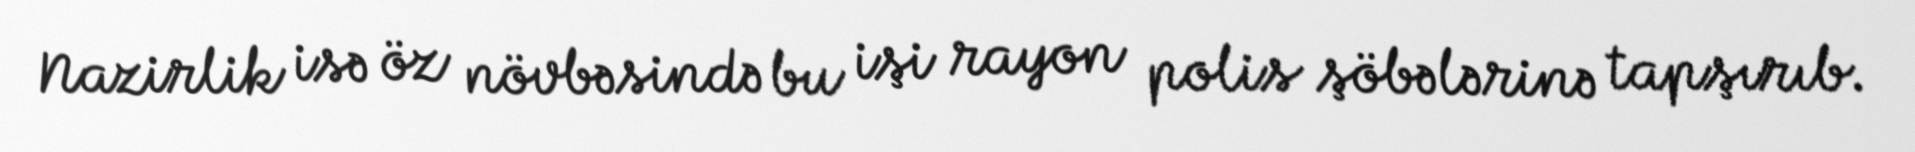
Nazirlik isə öz növbəsində bu işi rayon polis şöbələrinə tapşırıb.